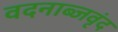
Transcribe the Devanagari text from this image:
वदनाब्जवृंद